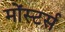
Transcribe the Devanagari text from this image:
मोंस्टर्स